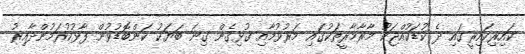
ކައިރިކައިރީގައި ދެ ކުޑަކުއްޖަކު މާރާމާރީތަކުގައި މަރުވުމާއި ގުޅިގެން ގިނަ ބަޔަކު ކަންބޮޑުވުން ފާޅުކުރަމުންދާއިރު